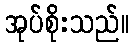
အုပ်စိုးသည်။